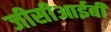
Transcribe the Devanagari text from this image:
जीसीआईबी